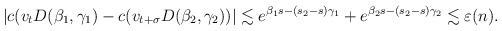
LaTeX: \begin{align*} |c(v_tD(\beta_1,\gamma_1) - c(v_{t+\sigma}D(\beta_2,\gamma_2))| \lesssim e^{\beta_1 s-(s_2-s)\gamma_1} + e^{\beta_2 s-(s_2-s)\gamma_2} \lesssim \varepsilon(n).\end{align*}